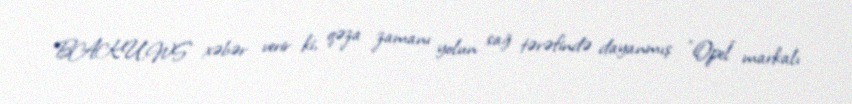
BAKU.WS xəbər verir ki, qəza zamanı yolun sağ tərəfində dayanmış "Opel" markalı